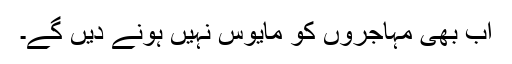
اب بھی مہاجروں کو مایوس نہیں ہونے دیں گے۔